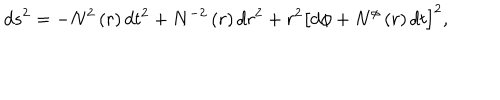
d s ^ { 2 } = - N ^ { 2 } \left( r \right) d t ^ { 2 } + N ^ { - 2 } \left( r \right) d r ^ { 2 } + r ^ { 2 } \left[ d \phi + N ^ { \phi } \left( r \right) d t \right] ^ { 2 } ,